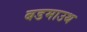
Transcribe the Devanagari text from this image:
बडमाउथ